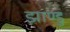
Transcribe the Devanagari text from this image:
झाण्डु